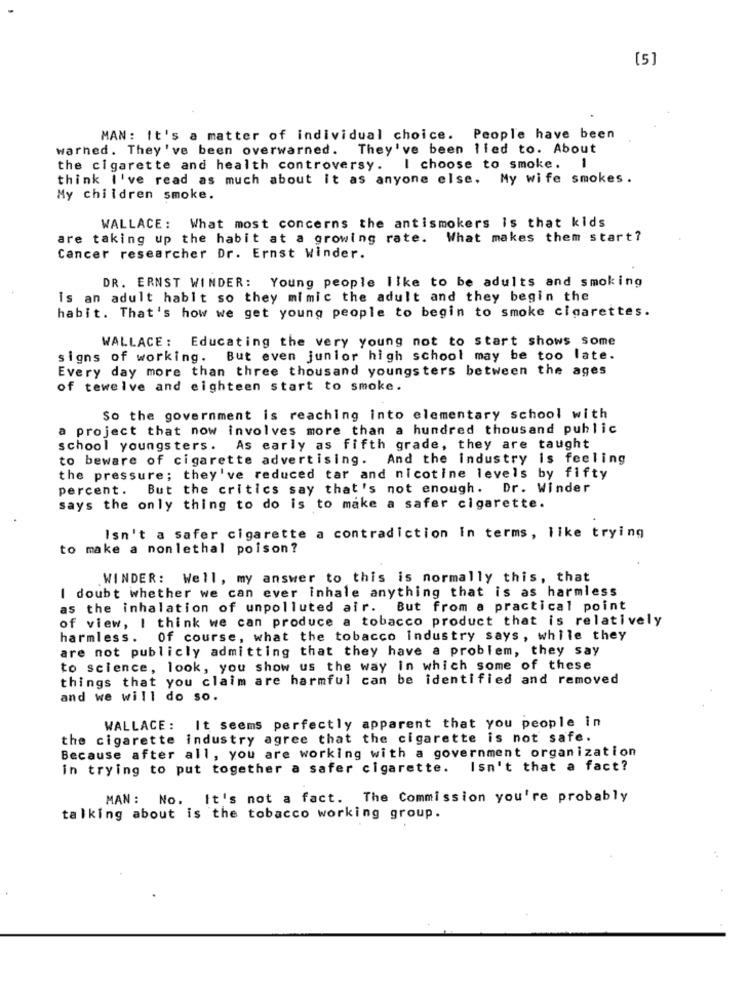
[5]
MAN: It's a matter of individual choice. People have been
warned. They've been overwarned. They've been lled to. About
the cigarette and health controversy. I choose to smoke. I
think I've read as much about it as anyone else, My wife smokes .
My children smoke.
WALLACE: What most concerns the antismokers is that kids
are taking up the habit at a growing rate. What makes them start?
Cancer researcher Dr. Ernst Winder.
DR. ERNST WINDER: Young people like to be adults and smoking
is an adult habit so they mimic the adult and they begin the
habit. That's how we get young people to begin to smoke cigarettes.
WALLACE: Educating the very young not to start shows some
signs of working. But even junior high school may be too late.
Every day more than three thousand youngsters between the ages
of tewelve and eighteen start to smoke.
So the government is reaching into elementary school with
a project that now involves more than a hundred thousand public
school youngsters. As early as fifth grade, they are taught
to beware of cigarette advertising. And the industry is feeling
the pressure; they've reduced tar and nicotine levels by fifty
percent. But the critics say that's not enough. Dr. Winder
says the only thing to do is to make a safer cigarette.
Isn't a safer cigarette a contradiction In terms, like trying
o make a nonlethal poison?
WINDER: Well, my answer to this is normally this, that
I doubt whether we can ever inhale anything that is as harmless
as the inhalation of unpolluted air. But from a practical point
of view, I think we can produce a tobacco product that is relatively
harmless. Of course, what the tobacco Industry says, while they
are not publicly admitting that they have a problem, they say
to science, look, you show us the way in which some of these
things that you claim are harmful can be identified and removed
and we will do so.
WALLACE: It seems perfectly apparent that you people in
the cigarette industry agree that the cigarette is not safe.
Because after all, you are working with a government organization
in trying to put together a safer cigarette. Isn't that a fact?
MAN :
No. It's not a fact. The Commission you're probably
talking about is the tobacco working group.